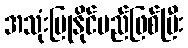
အသုံးပြုနိုင်မည်ဖြစ်ပြီး